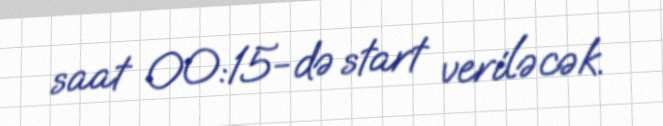
saat 00:15-də start veriləcək.